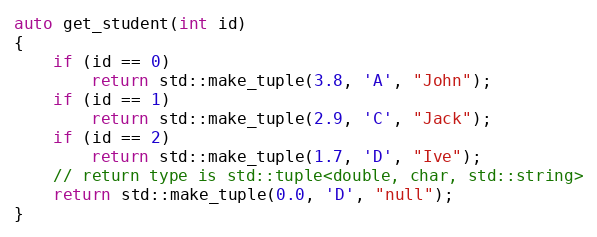
Language: C++
auto get_student(int id)
{
    if (id == 0)
        return std::make_tuple(3.8, 'A', "John");
    if (id == 1)
        return std::make_tuple(2.9, 'C', "Jack");
    if (id == 2)
        return std::make_tuple(1.7, 'D', "Ive");
    // return type is std::tuple<double, char, std::string>
    return std::make_tuple(0.0, 'D', "null");
}